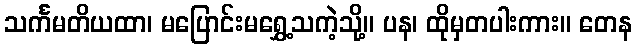
သင်္ကမတိယထာ၊ မပြောင်းမရွှေ့သကဲ့သို့။ ပန၊ ထိုမှတပါးကား။ တေန